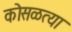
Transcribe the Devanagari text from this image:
कोसळत्या